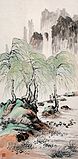
今年春浅腊侵年。冰雪破春妍。